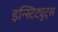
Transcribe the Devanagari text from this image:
इन्स्टिट्युट्स